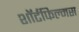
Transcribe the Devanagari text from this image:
शॉर्टफिल्मस